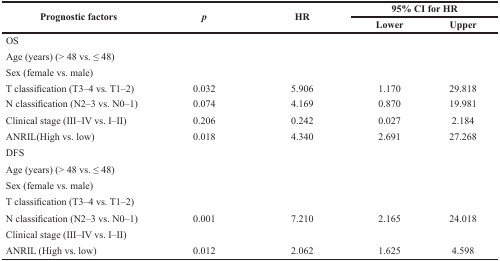
| <ROWSPAN=2> Prognostic factors | <ROWSPAN=2> p | <ROWSPAN=2> HR | <COLSPAN=2> 95% CI for HR |
 | Lower | Upper |
 | --- | --- | --- | --- | --- |
 | OS |  |  |  |  |
 | Age (years) (> 48 vs. ≤ 48) |  |  |  |  |
 | Sex (female vs. male) |  |  |  |  |
 | T classification (T3–4 vs. T1–2) | 0.032 | 5.906 | 1.170 | 29.818 |
 | N classification (N2–3 vs. N0–1) | 0.074 | 4.169 | 0.870 | 19.981 |
 | Clinical stage (III–IV vs. I–II) | 0.206 | 0.242 | 0.027 | 2.184 |
 | ANRIL(High vs. low) | 0.018 | 4.340 | 2.691 | 27.268 |
 | DFS |  |  |  |  |
 | Age (years) (> 48 vs. ≤ 48) |  |  |  |  |
 | Sex (female vs. male) |  |  |  |  |
 | T classification (T3–4 vs. T1–2) |  |  |  |  |
 | N classification (N2–3 vs. N0–1) | 0.001 | 7.210 | 2.165 | 24.018 |
 | Clinical stage (III–IV vs. I–II) |  |  |  |  |
 | ANRIL (High vs. low) | 0.012 | 2.062 | 1.625 | 4.598 |